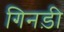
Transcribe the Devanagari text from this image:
गिनड़ी